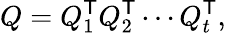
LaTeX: Q=Q_{1}^{\textsf{T}}Q_{2}^{\textsf{T}}\cdots Q_{t}^{\textsf{T}},